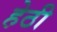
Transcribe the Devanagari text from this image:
हेठी